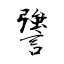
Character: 謽